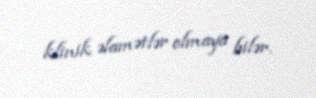
klinik əlamətlər olmaya bilər.